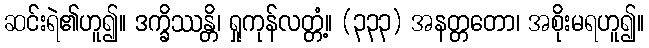
ဆင်းရဲ၏ဟူ၍။ ဒက္ခိဿန္တိ၊ ရှုကုန်လတ္တံ့။ (၃၃၃) အနတ္တတော၊ အစိုးမရဟူ၍။